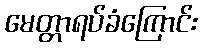
မေတ္တာရပ်ခံကြောင်း